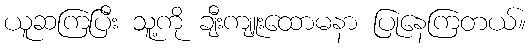
ယူဆကြပြီး သူ့ကို ချီးကျူးထောမနာ ပြုနေကြတယ်။